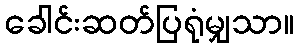
ခေါင်းဆတ်ပြရုံမျှသာ။